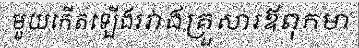
មួយកើតឡើងរវាងគ្រួសារឪពុកមា